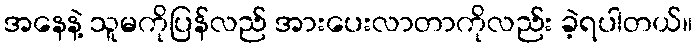
အနေနဲ့ သူမကိုပြန်လည် အားပေးလာတာကိုလည်း ခဲ့ရပါတယ်။